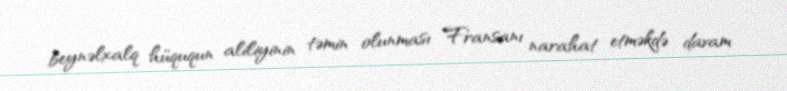
beynəlxalq hüququn aliliyinin təmin olunması Fransanı narahat etməkdə davam